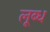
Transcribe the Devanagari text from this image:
लूब्ध